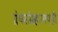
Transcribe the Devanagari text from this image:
ग्रंथसंग्रहालयही